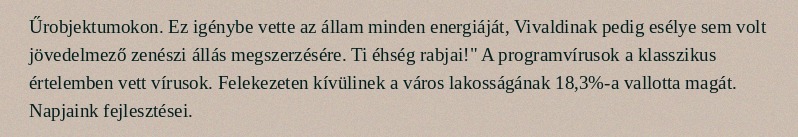
Űrobjektumokon. Ez igénybe vette az állam minden energiáját, Vivaldinak pedig esélye sem volt jövedelmező zenészi állás megszerzésére. Ti éhség rabjai!" A programvírusok a klasszikus értelemben vett vírusok. Felekezeten kívülinek a város lakosságának 18,3%-a vallotta magát. Napjaink fejlesztései.